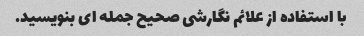
با استفاده از علائم نگارشی صحیح جمله ای بنویسید.